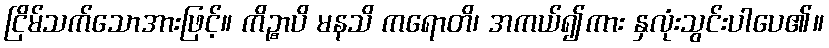
ငြိမ်သက်သောအားဖြင့်။ ကိဉ္စာပိ မနသိ ကရောတိ၊ အကယ်၍ကား နှလုံးသွင်းပါပေ၏။